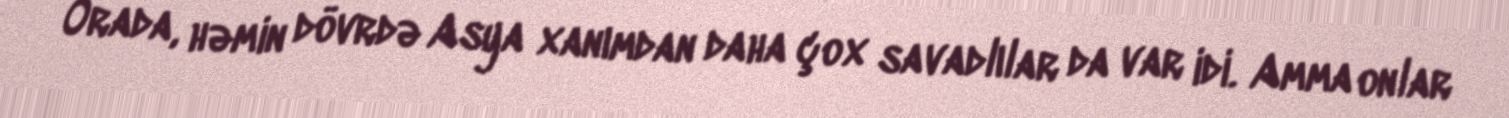
Orada, həmin dövrdə Asya xanımdan daha çox savadlılar da var idi. Amma onlar